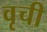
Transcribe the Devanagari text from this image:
वृची